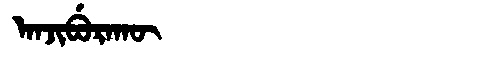
Manchu: ᠠᠨᠵᡳᠪᡠᡵᠠᡴᡡ
Romanization: ANJIBURAKŪ